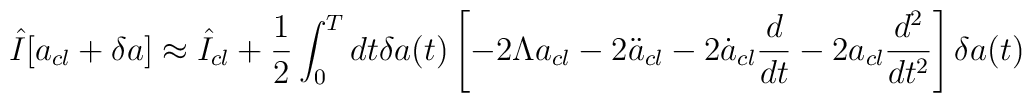
\hat{I}[a_{cl}+\delta a] \approx \hat{I}_{cl} + \frac{1}{2} \int_0^T dt \delta a(t)\left[-2 \Lambda a_{cl} - 2\ddot{a}_{cl} - 2\dot{a}_{cl} \frac{d}{dt} - 2 a_{cl} \frac{d^2}{dt^2}\right] \delta a(t)